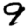
Digit: 9